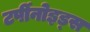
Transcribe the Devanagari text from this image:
टर्पीनोइड्स